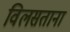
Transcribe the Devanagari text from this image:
विलसताना